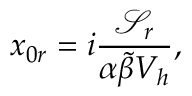
x _ { 0 r } = i \frac { \mathcal { S } _ { r } } { \alpha \tilde { \beta } V _ { h } } ,